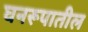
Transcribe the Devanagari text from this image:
घनरूपातील